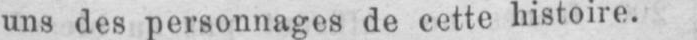
uns des personnages de cette histoire.